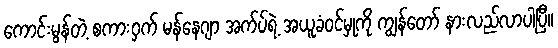
ကောင်းမွန်တဲ့ စကားဝှက် မန်နေဂျာ အက်ပ်ရဲ့ အယူခံဝင်မှုကို ကျွန်တော် နားလည်လာပါပြီ။